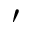
'